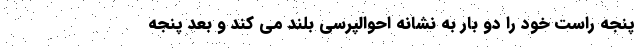
پنجه راست خود را دو بار به نشانه احوالپرسی بلند می کند و بعد پنجه